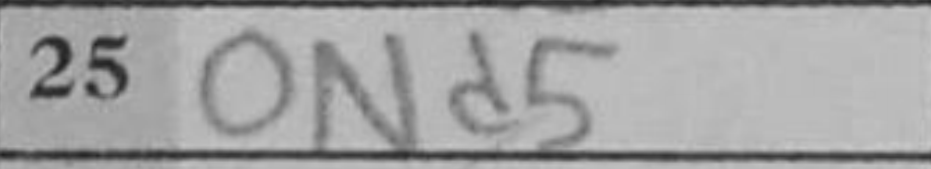
Transcription: Nd5